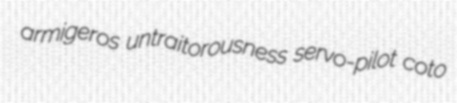
armigeros untraitorousness servo-pilot coto